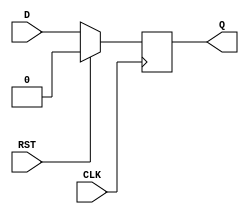
module SynchronousRegister (
    input wire D,         // Data input
    input wire CLK,       // Clock input
    input wire RST,       // Reset input
    output reg Q          // Data output
);

// Synchronous behavior on the rising edge of the clock
always @(posedge CLK) begin
    if (RST) begin
        Q <= 1'b0;       // Set Q to 0 when reset is active
    end else begin
        Q <= D;          // Capture and store the input data D
    end
end

endmodule